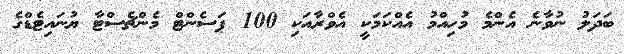
ބަދަލު ނުވާނެ އެންމެ މުހިއްމު އެއްކަމަކީ އެވްރާއަކި 100 ޕަސެންޓް މެންޗެސްޓާ ޔުނައިޓެޑްގެ